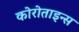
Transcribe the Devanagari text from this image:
कोरोताइन्स